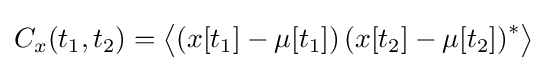
C_{x}(t_{1},t_{2})=\left\langle \left(x[t_{1}]-\mu [t_{1}]\right)\left(x[t_{2}]-\mu [t_{2}]\right)^{*}\right\rangle